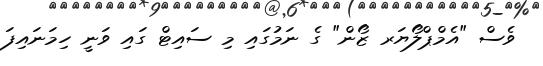
ވެސް "އެމްޕްލޯޔަރ ޒޯން" ގެ ނަމުގައި މި ސައިޓް ގައި ވަނީ ހިމަނައިފަ